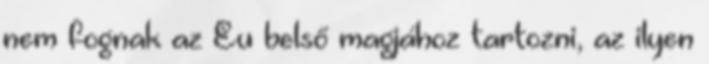
nem fognak az Eu belső magjához tartozni, az ilyen